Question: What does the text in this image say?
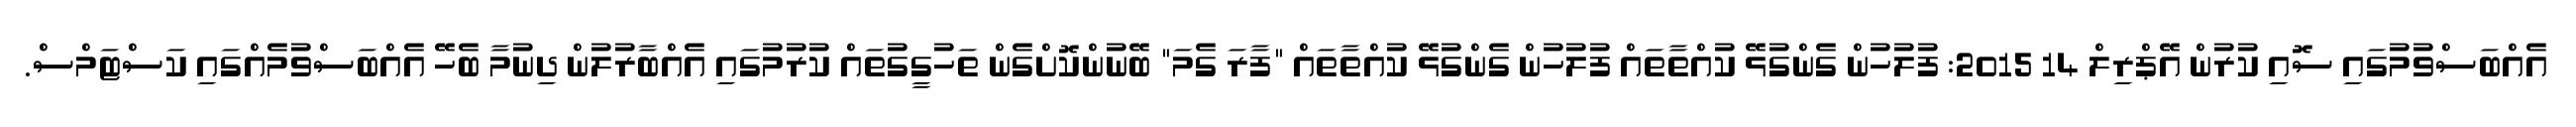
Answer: އެއްބަސްވުމުގައި ސޮއި ކުރުން އޭޕްރިލް 14 2015: ފުލުހުން ގެންގުޅޭ ކުއްތާތައް ފުލުހުން ގެންގުޅޭ ކުއްތާތައް "ފާރަ ގެމަ" ބޭނުންކޮށްގެން ތަހުގީގުތައް ކުރުމުގައި އެއްބާރުލުން ދިނުމާ ބެހޭ އެއްބަސްވުމެއްގައި ކަސްޓަމްސް.